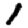
Digit: 1